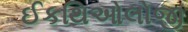
ઈકથિઓલોજી